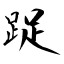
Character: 踀